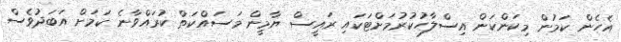
އެހެން ކަމުން މިކަންކަން އިސްލާހުކުރުމަށްޓަކައި ރައީސް ޔާމީން މަސައްކަތް ކުރައްވާނެ ކަމަށް އަބަދުވެސް